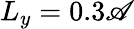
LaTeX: L_{y}=0.3\mathscr{A}